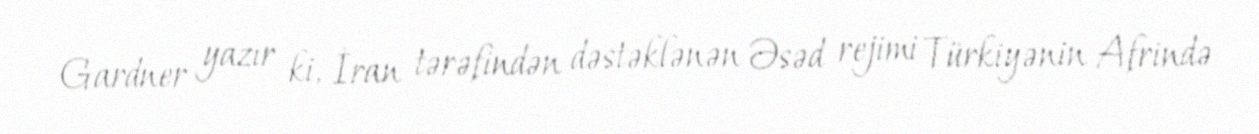
Gardner yazır ki, İran tərəfindən dəstəklənən Əsəd rejimi Türkiyənin Afrində